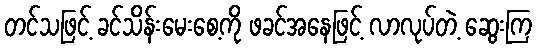
တင်သဖြင့် ခင်သိန်းမေးစေ့ကို ဖခင်အနေဖြင့် လာလုပ်တဲ့ ဆွေးကြ